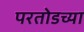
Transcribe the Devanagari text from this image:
परतोडच्या